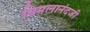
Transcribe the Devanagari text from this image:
बिमलानंदजी